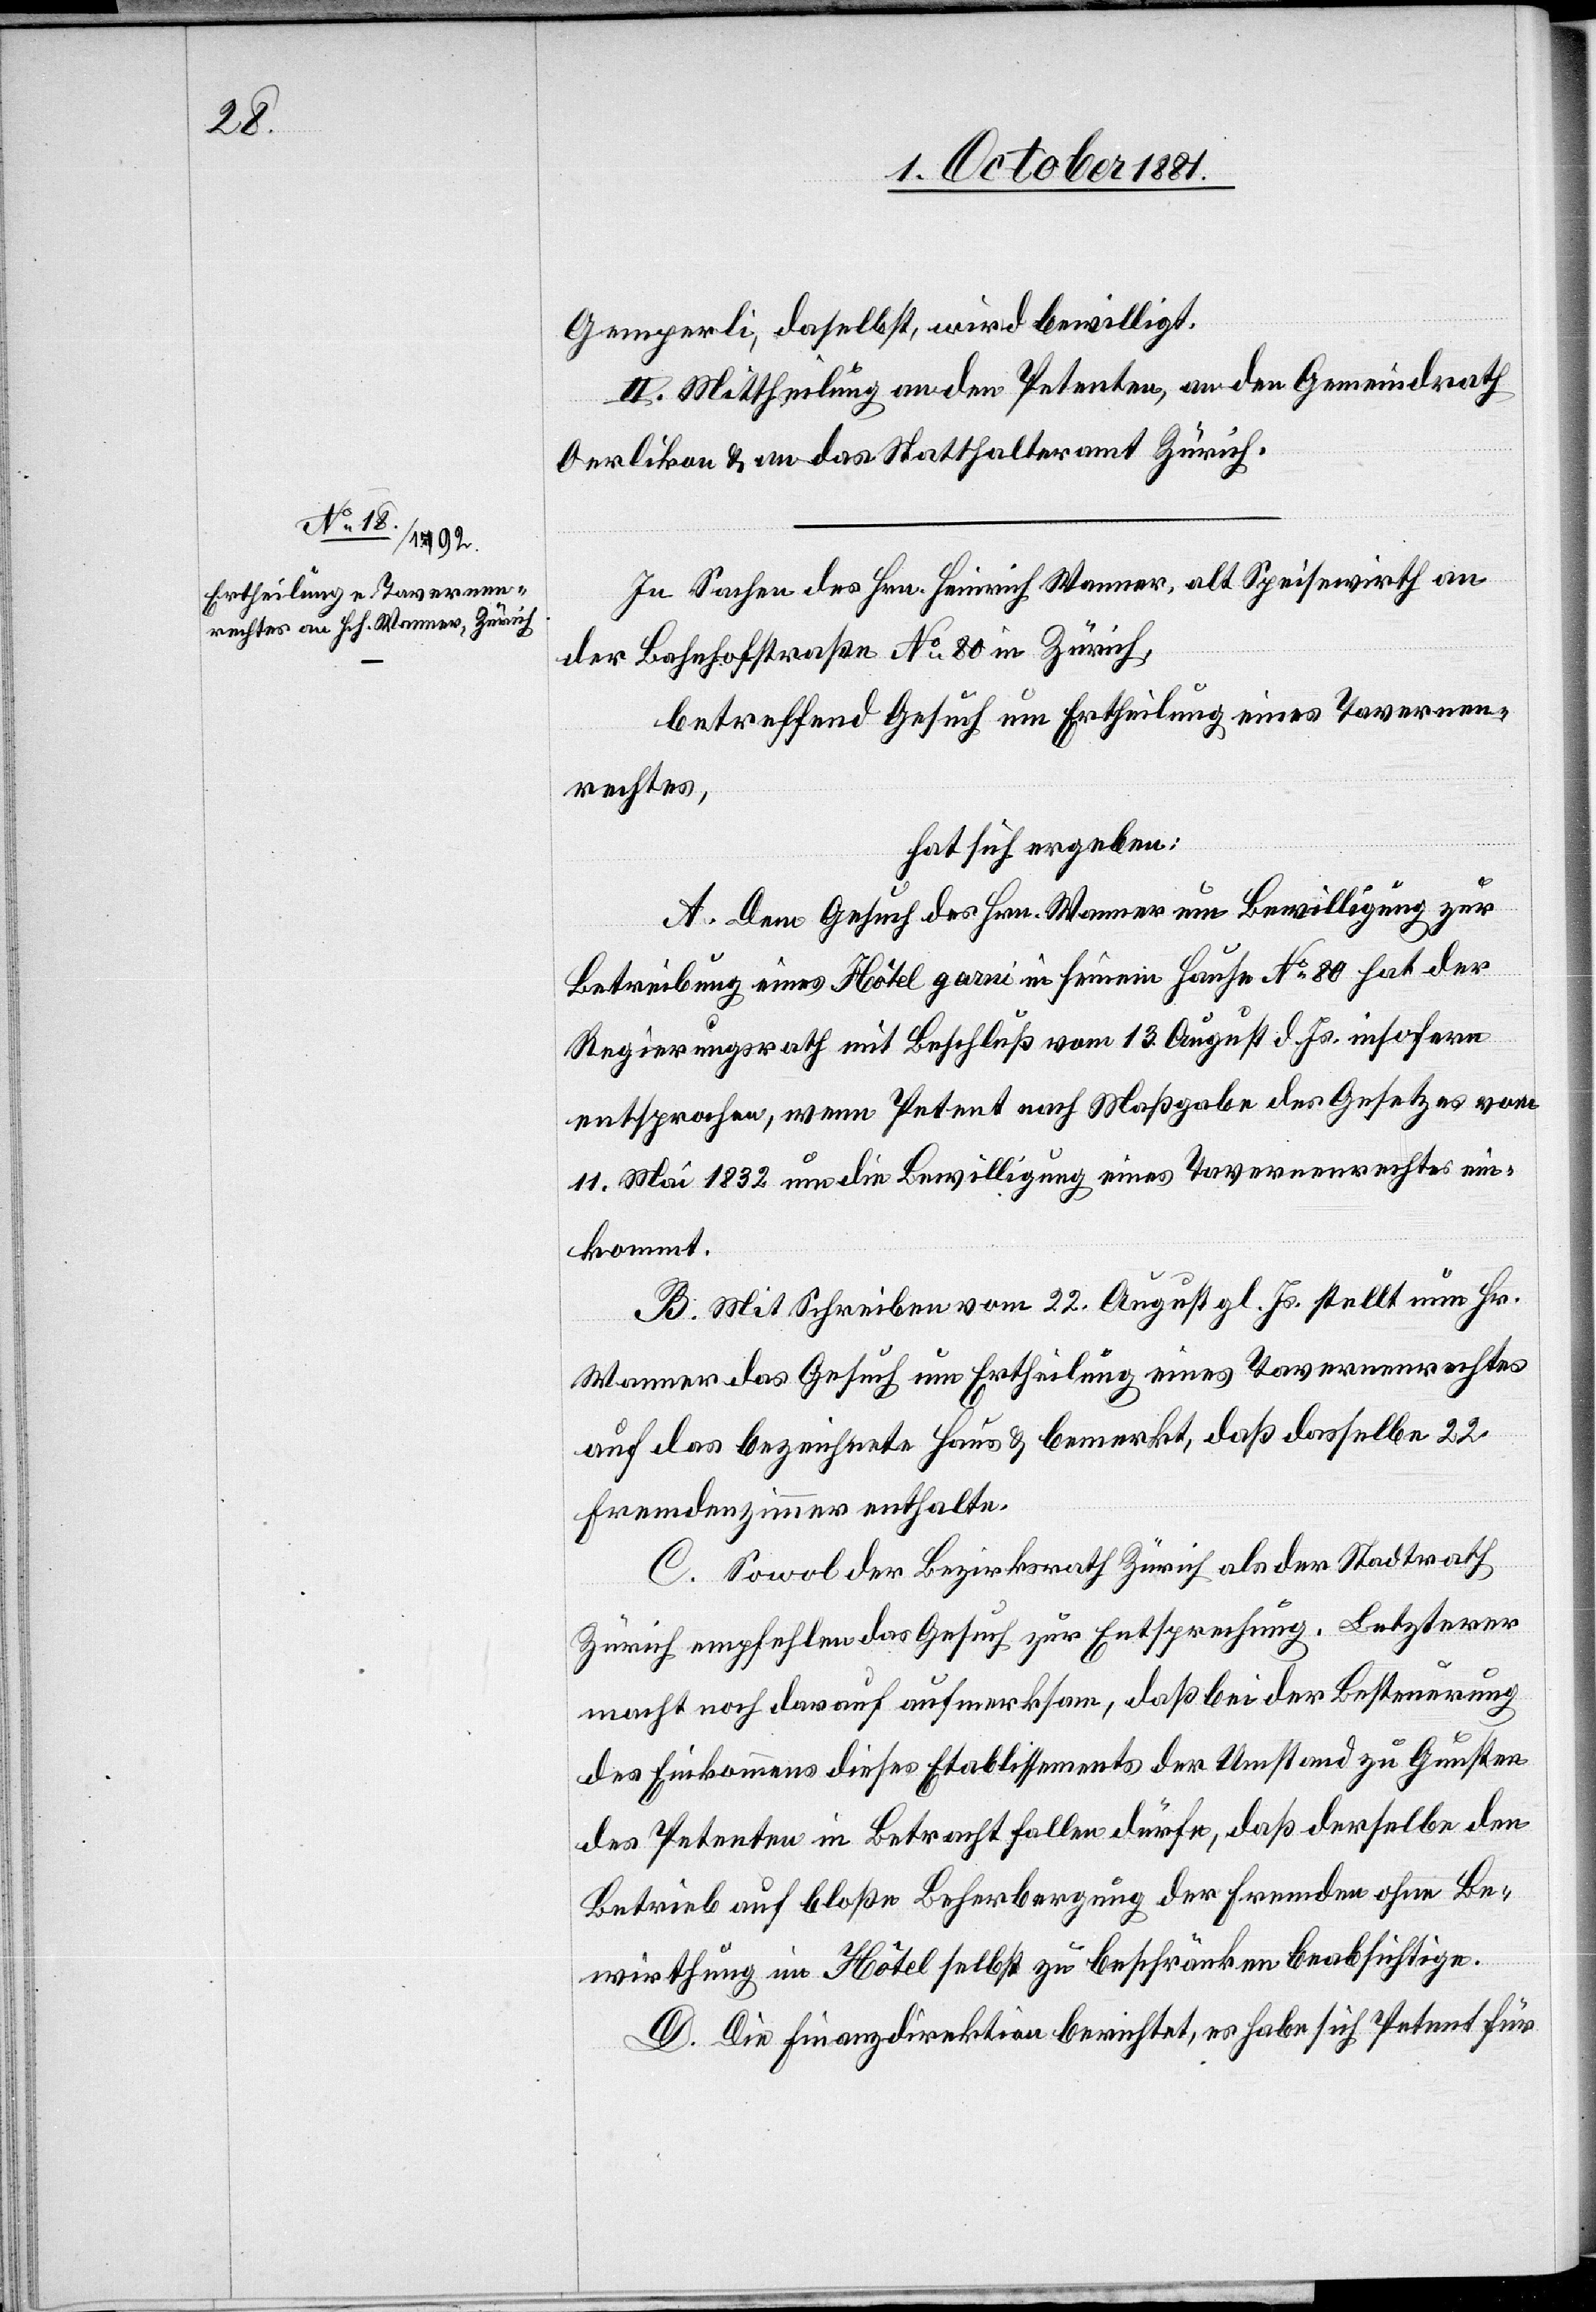
Gemperli, daselbst, wird bewilligt.
II. Mittheilung an den Petenten, an den Gemeindrath
Oerlikon & an das Statthalteramt Zürich.
In Sachen des Hrn. Heinrich Wanner, alt Speisewirth an
der Bahnhofstraße No80 in Zürich,
betreffend Gesuch um Ertheilung eines Tavernen¬
rechtes,
hat sich ergeben:
A. Dem Gesuch des Hrn. Wanner um Bewilligung zur
Betreibung eines Hôtel garni in seinem Hause No80 hat der
Regierungsrath mit Beschluß vom 13. August d. Js. insofern
entsprochen, wenn Petent nach Maßgabe des Gesetzes vom
11. Mai 1832 um die Bewilligung eines Tavernenrechtes ein¬
kommt.
B. Mit Schreiben vom 22. August gl. Js. stellt nun Hr.
Wanner das Gesuch um Ertheilung eines Tavernenrechtes
auf das bezeichnete Haus & bemerkt, daß dasselbe 22
Fremdenzimmer enthalte.
C. Sowol der Bezirksrath Zürich als der Stadtrath
Zürich empfehlen das Gesuch zur Entsprechung. Letzterer
macht noch darauf aufmerksam, daß bei der Besteuerung
des Einkommens dieses Etablissements der Umstand zu Gunsten
des Petenten in Betracht fallen dürfe, daß derselbe den
Betrieb auf bloße Beherbergung der Fremden ohne Be¬
wirthung im Hôtel selbst zu beschränken beabsichtige.
D. Die Finanzdirektion berichtet, es habe sich Petent für